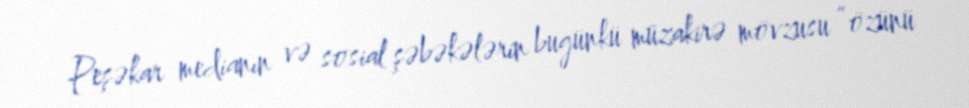
Peşəkar medianın və sosial şəbəkələrin bugünkü müzakirə mövzusu “özünü